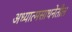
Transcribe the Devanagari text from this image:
अध्यात्मसाधनेतील